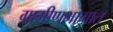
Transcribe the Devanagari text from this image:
ग्रामीणभागात